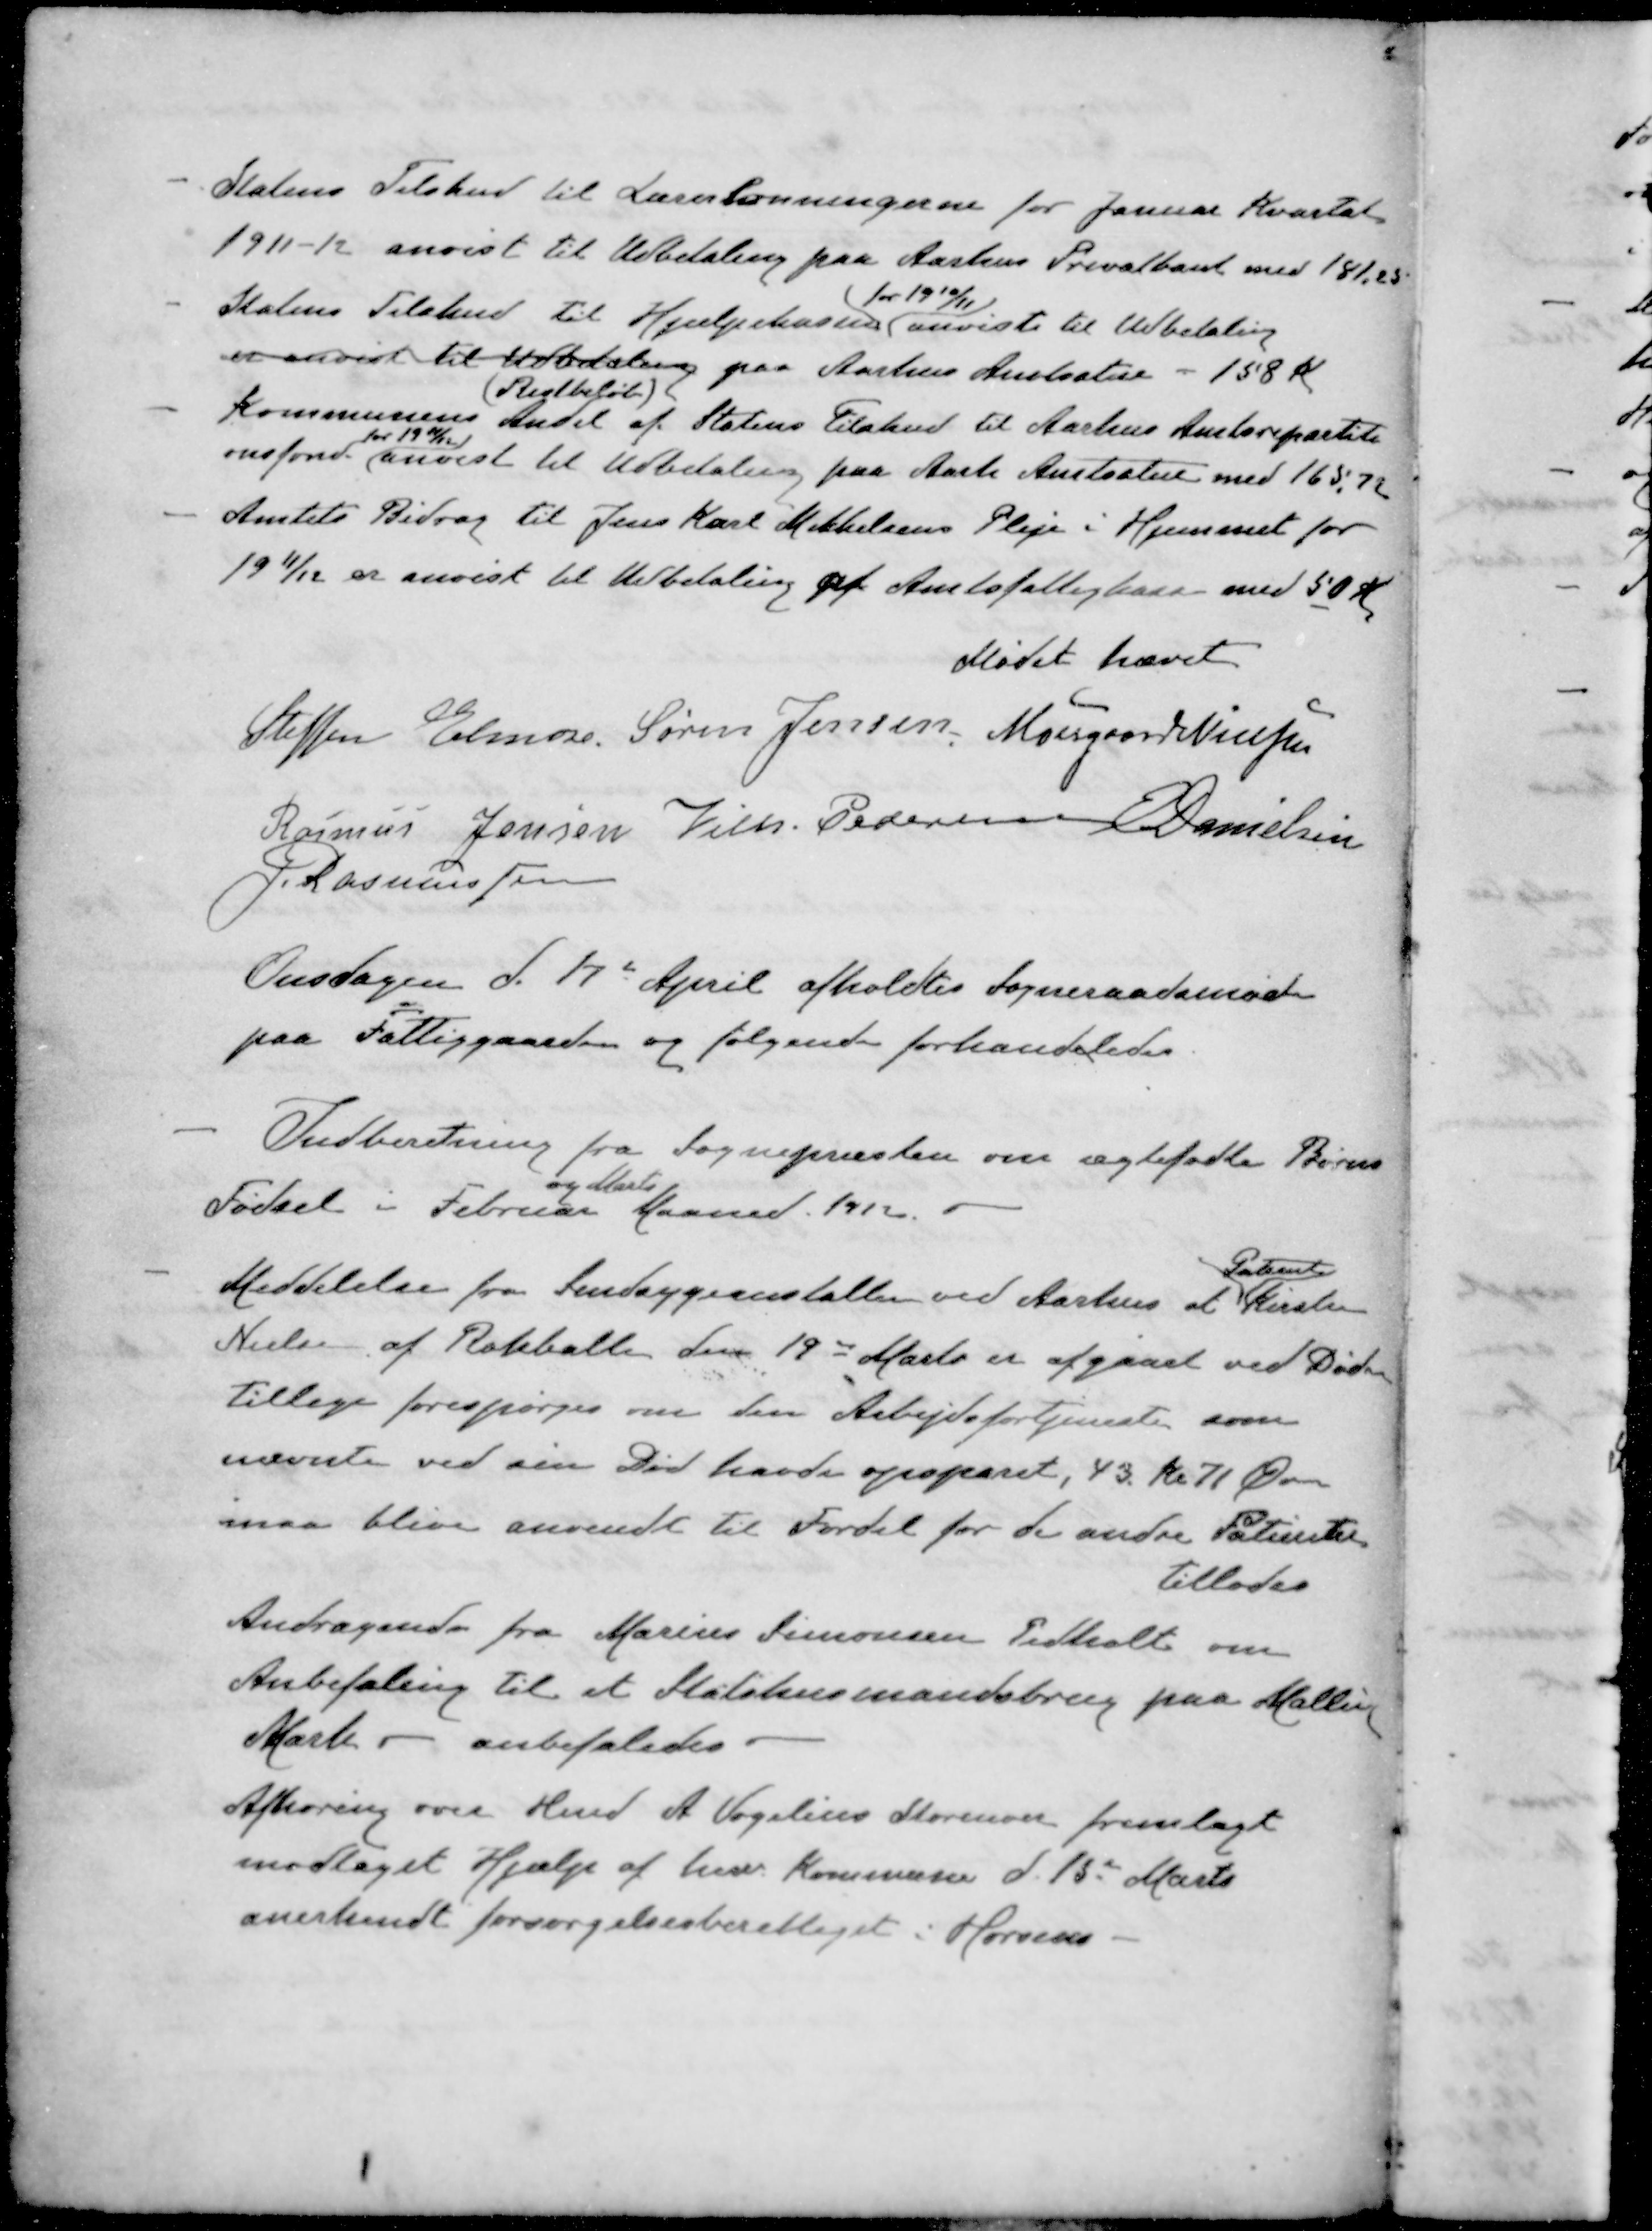
Transskription:
Statens Tilskud til Lærerlønningerne for Januar Kvartal
1911-12 anvist til Udbetaling paa Aarhus Privatbank med 181,25
for 1910/11
- Statens Tilskud til Hjælpekassen anvist til Udbetaling
er anvist til Udbetaling paa Aarhus Amtsstue - 158 K
Restbeløb
Kommunens Andel af Statens Tilskud til Aarhus Amtsrepartiti
for 1911/12
onsfond anvist til Udbetaling paa Aarh Amtsstue med 165,72
Amtets Bidrag til Jens Karl Mikkelsens Pleje i Hjemmet for
1911/12 er anvist til Udbetaling af Amtsfattigkassen med 50 Kr.
Mødet hævet
Steffen Elmose
Søren Jensen
Moesgaard Nielsen
Rasmus Jensen
Vilh. Pedersen
E Danielsen
J Rasmussen
Onsdagen d. 17de April afholdtes Sogneraadsmøde
paa Fattiggaarden og følgende forhandledes
- Indberetning fra Sognepræsten om ægtefødte Børns
og Marts.
Fødsel i Februar Maaned 1912.
Patient
- Meddelelse fra Sindsygeanstaltenved Aarhus at Kirsten
Nielsen af Rokballe den 19d Marts er afgaaet ved Døden
tillige forespørges om den Arbejdsfortjeneste som
nævnte ved sin Død havde opsparet, 43 Kr. 71 Øre
maa blive anvendt til Fordel for de andre Patientet
tillades
Andragende fra Marius Simonsen Pedholt om
Anbefaling til et Statshusmandsbrug paa Malling
Mark - anbefaledes.
Afhøring over Hmd A. Vogelius Storensen fremlagt
modtaget Hjælp af herv Kommune d. 15' Marts
anerkendt forsørgelsesberettiget i Horsens